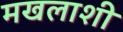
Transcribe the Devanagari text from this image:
मखलाशी